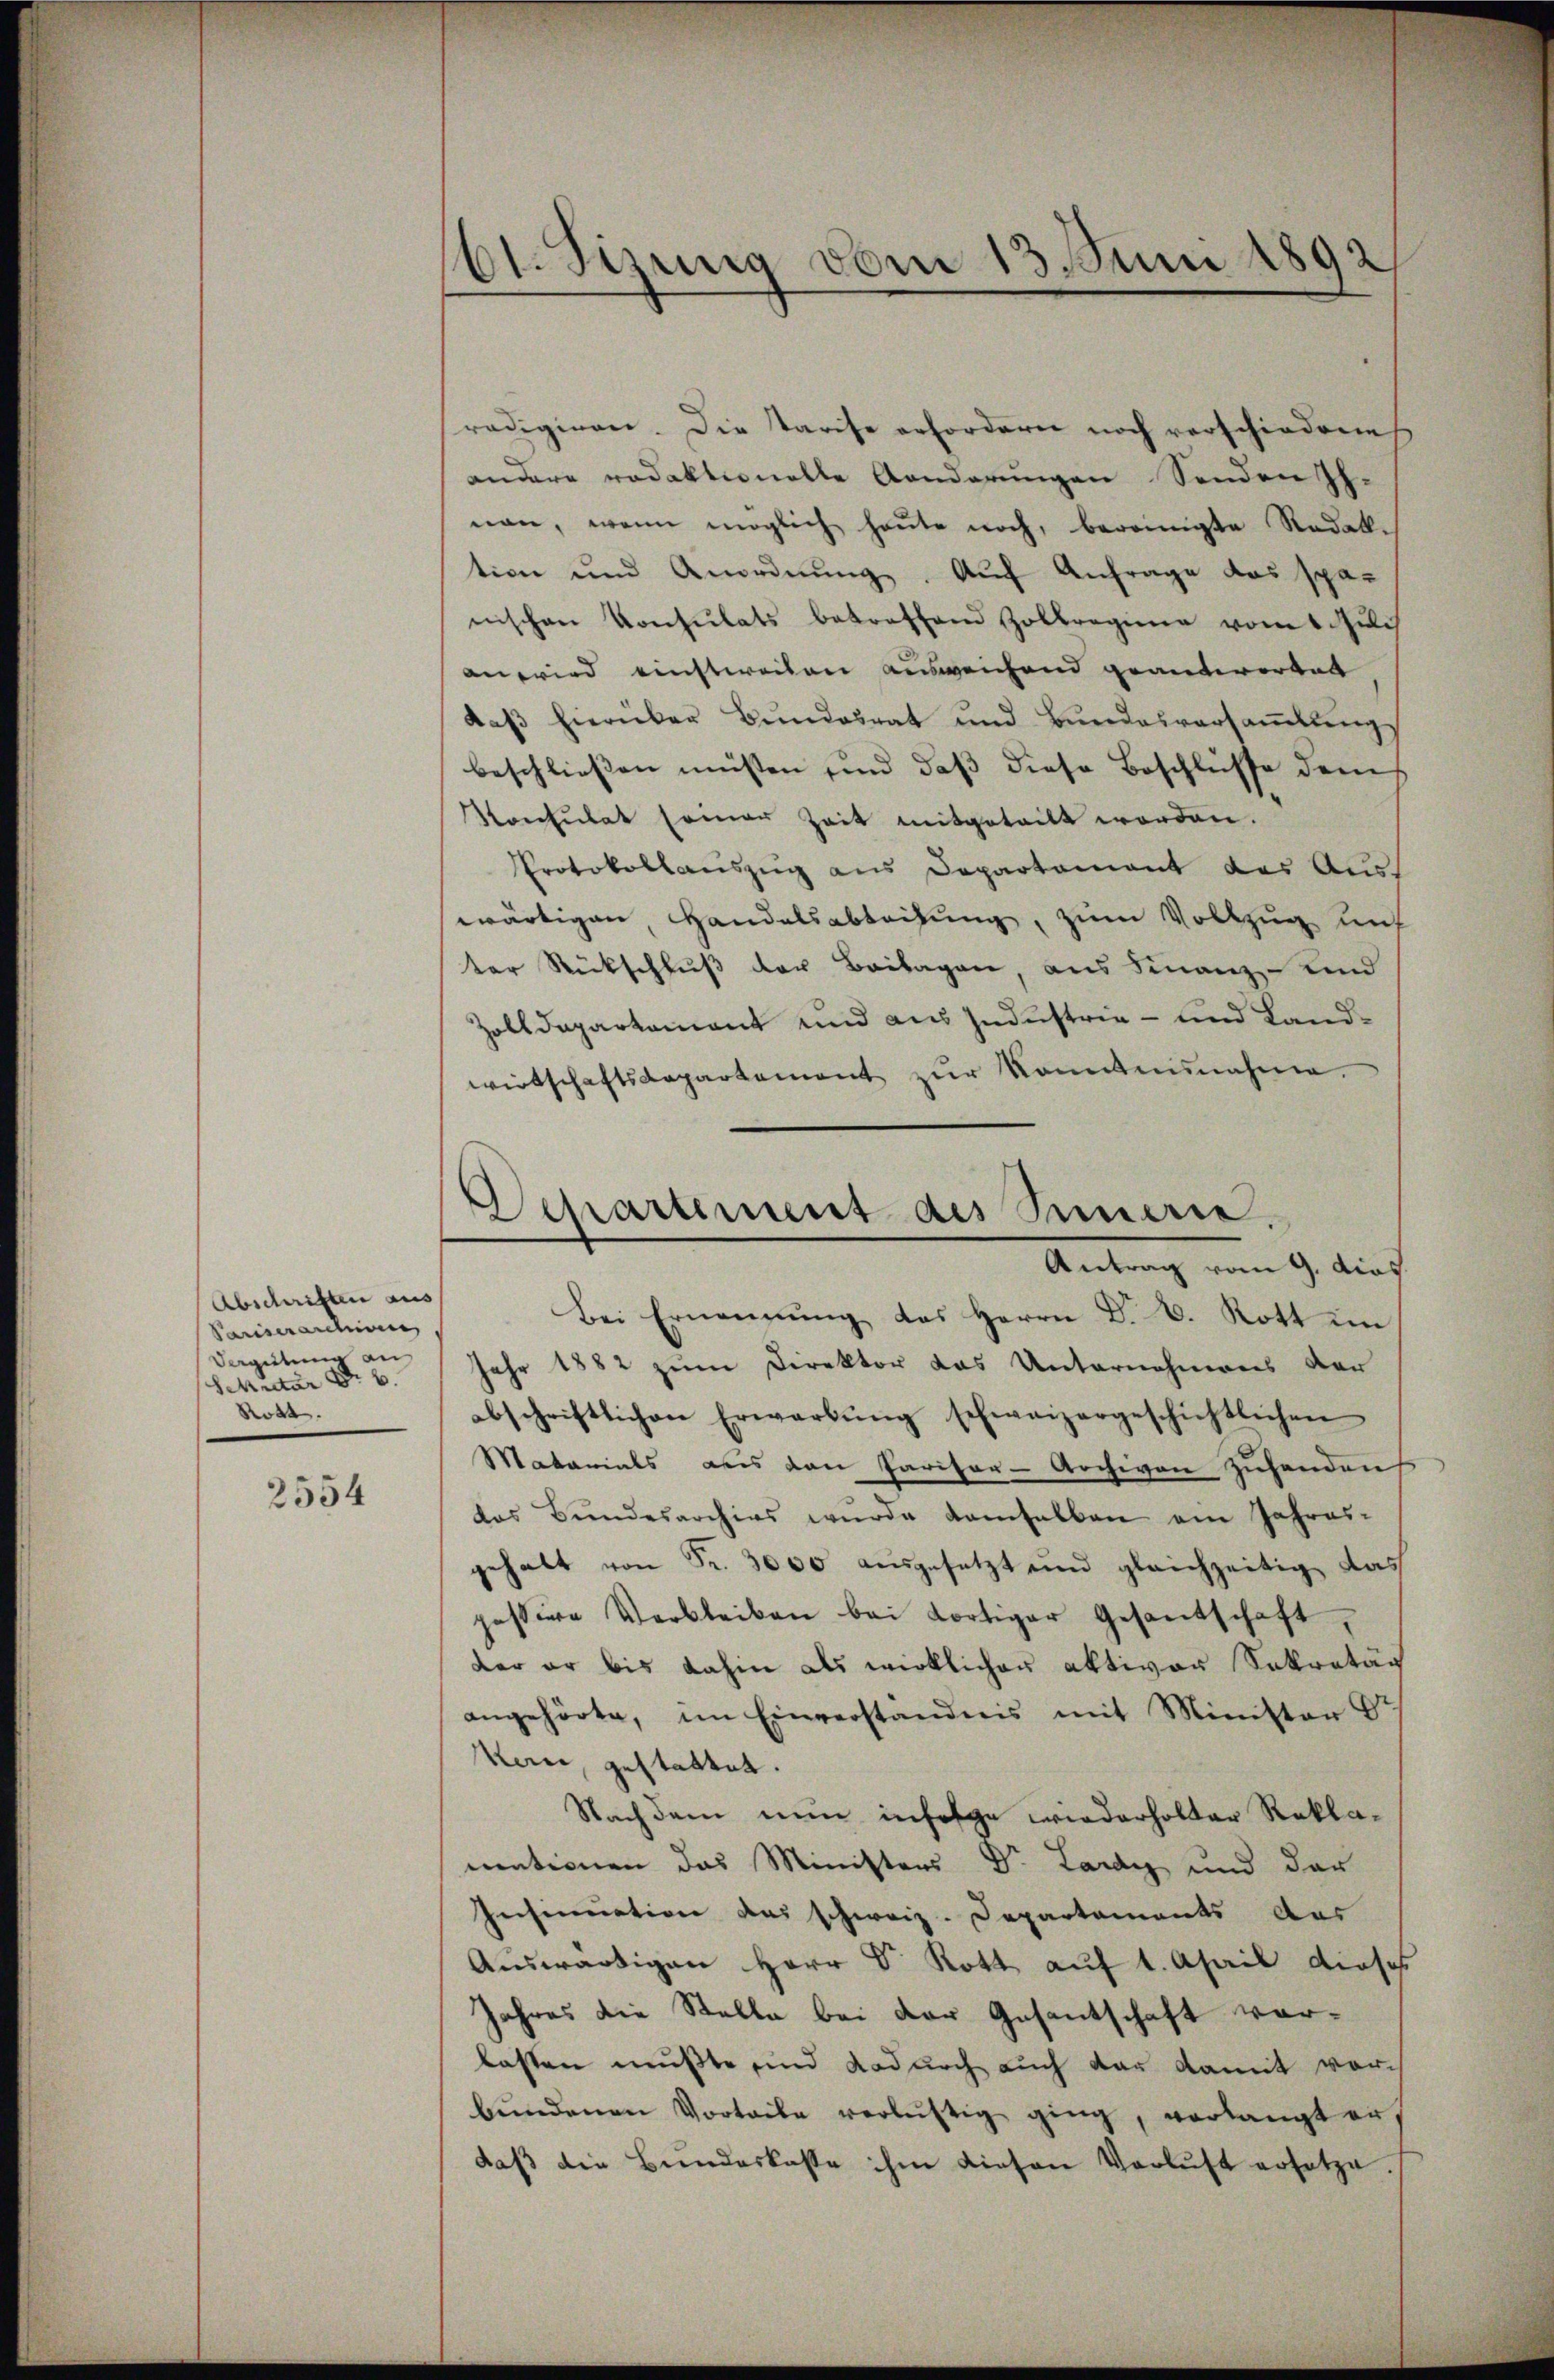
Abschriften aus
Pariserantire,
Vergütung an
Sekretär Nr. 6.
Rott.

2554

bt. Sizung vom 13. Juni 1892

radigiren. Die Parise erfordern noch verschiedene
andere redaktionelle Aenderungen Senden Ih
nen, wenn möglich heute noch, bereinigte Redall-
tion und Anordnŭng. Aŭf Anfrage das spä-
nischen Konsulats betreffend Zollregimen vom 1. Juli
an wird einstweisen ausweichend geantwortet
daβ hierüber Bŭndesrat und Bŭndesversaṁlŭngs
beschließen müßten sind daß diese Beschlüsse dem
Konsulat seiner Zeit mitgeteilt worden.
Protokollauszug aus Departement der Auswärtigen, Handelsabteilung, zum Vollzug mit
ter Rückschluß der Beilagen aus Finanz- und
Zolldepartament und aus Industrie- und Landwirtschaftsdepartement zŭr Kenntnisnahme.
Antrag vom 9. dies
Bei Ernennung des Herrn D. B. Rott im
Jahr 1882 zum Direktor das Unternehmens der
abschriftlichen Erwarbŭng schweizergeschichtlichen
Matarials aus den Pariser-Archiven Zuhanden
das Bundesarchivs wŭrde damselben ein Jahres-
gehalt von Fr. 3000 ausgesetzt und gleichzeitig das
pessive Verbleiben bei dortiger Gesantschaft,
dar er bis dahin als wirklichen aktiven Sokratag
angehörte, im Einverständnis mit Minister St
kan, gestattet.
Nachdem nun infolge wiederholter Reklamationen das Ministers Dr. Lardy und der
Insinuation das schweiz. Departements Aus
Auswärtigen Herr Dr. Rott auf 1. April dieses
Jahres die Stelle bei der Gesantschaft vorlassen mußte und dadurch auch dar damit vorbŭndenen Vorteile verlustig ging, verlangt erdaβ die Bundeskasse ihm diesen Verlust ersetze.

Separtement des Innerie.